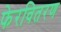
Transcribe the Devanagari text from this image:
फेरवितरण